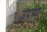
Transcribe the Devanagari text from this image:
उदश्य